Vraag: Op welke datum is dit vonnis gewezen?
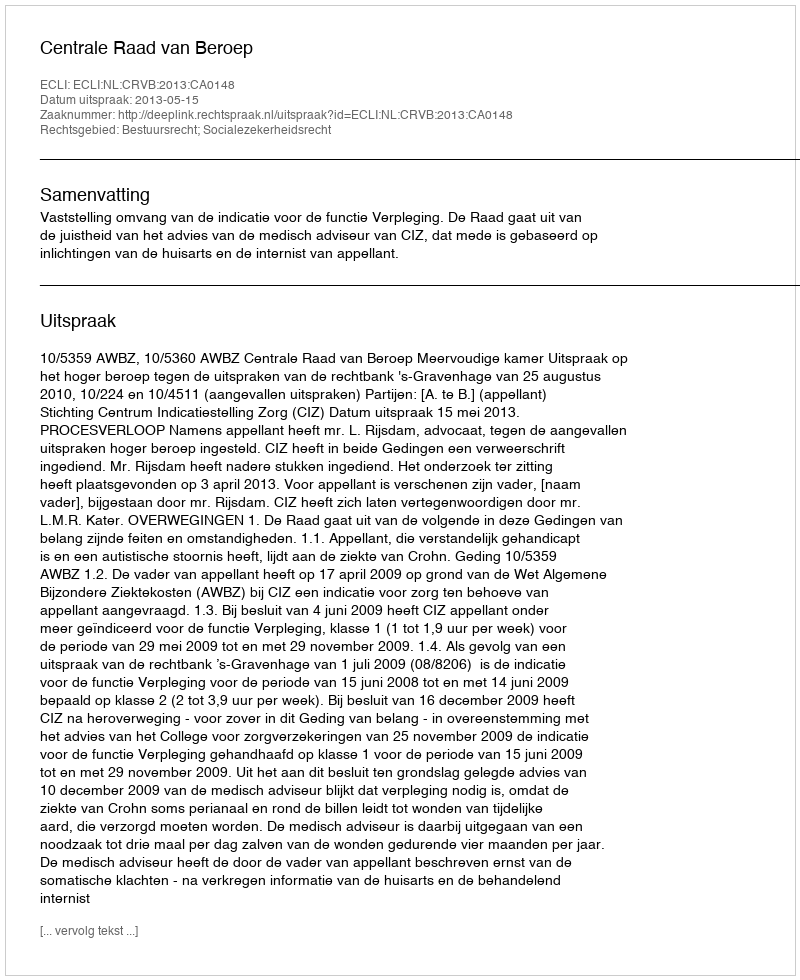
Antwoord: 2013-05-15